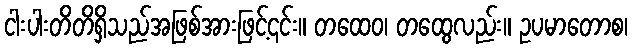
ငါးပါးတိတိရှိသည်အဖြစ်အားဖြင့်၎င်း။ တထေဝ၊ တထွေလည်း။ ဥပမာတောစ၊